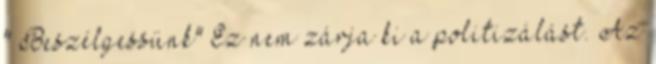
" Beszélgessünk" Ez nem zárja ki a politizálást. Az